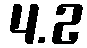
4.2